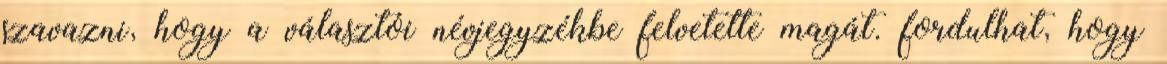
szavazni, hogy a választói névjegyzékbe felvetette magát. fordulhat, hogy